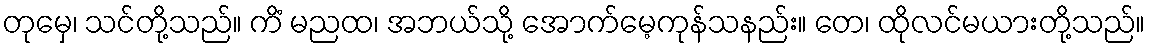
တုမှေ၊ သင်တို့သည်။ ကိံ မညထ၊ အဘယ်သို့ အောက်မေ့ကုန်သနည်း။ တေ၊ ထိုလင်မယားတို့သည်။